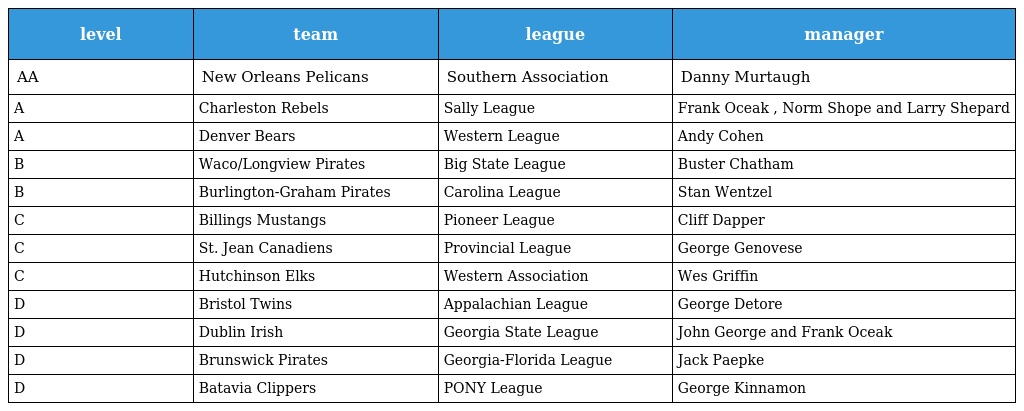
| level | team | league | manager |
 | --- | --- | --- | --- |
 | AA | New Orleans Pelicans | Southern Association | Danny Murtaugh |
 | A | Charleston Rebels | Sally League | Frank Oceak , Norm Shope and Larry Shepard |
 | A | Denver Bears | Western League | Andy Cohen |
 | B | Waco/Longview Pirates | Big State League | Buster Chatham |
 | B | Burlington-Graham Pirates | Carolina League | Stan Wentzel |
 | C | Billings Mustangs | Pioneer League | Cliff Dapper |
 | C | St. Jean Canadiens | Provincial League | George Genovese |
 | C | Hutchinson Elks | Western Association | Wes Griffin |
 | D | Bristol Twins | Appalachian League | George Detore |
 | D | Dublin Irish | Georgia State League | John George and Frank Oceak |
 | D | Brunswick Pirates | Georgia-Florida League | Jack Paepke |
 | D | Batavia Clippers | PONY League | George Kinnamon |